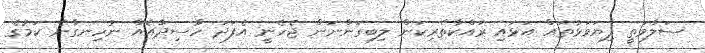
ސަލާމަތީ ފިޔަވަޅުތައް އަޅައި ރައްކާތެރިކަން ލިބިގަންނަން ޖެހެނީ އެފަދަ ހާސިދާއެއް ނުހިނގާނެ ކަމުގެ